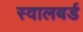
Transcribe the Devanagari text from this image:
स्वालबर्ड